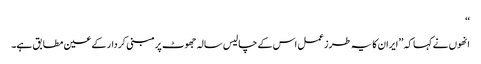
‘‘
انھوں نے کہا کہ ’’ایران کا یہ طرزعمل اس کے چالیس سالہ جھوٹ پرمبنی کردار کے عین مطابق ہے۔